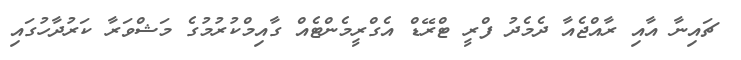
ޗައިނާ އާއި ރާއްޖެއާ ދެމެދު ފްރީ ޓްރޭޑް އެގްރީމެންޓެއް ގާއިމްކުރުމުގެ މަޝްވަރާ ކަރުދާހުގައި